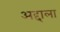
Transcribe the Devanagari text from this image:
अद्दाला